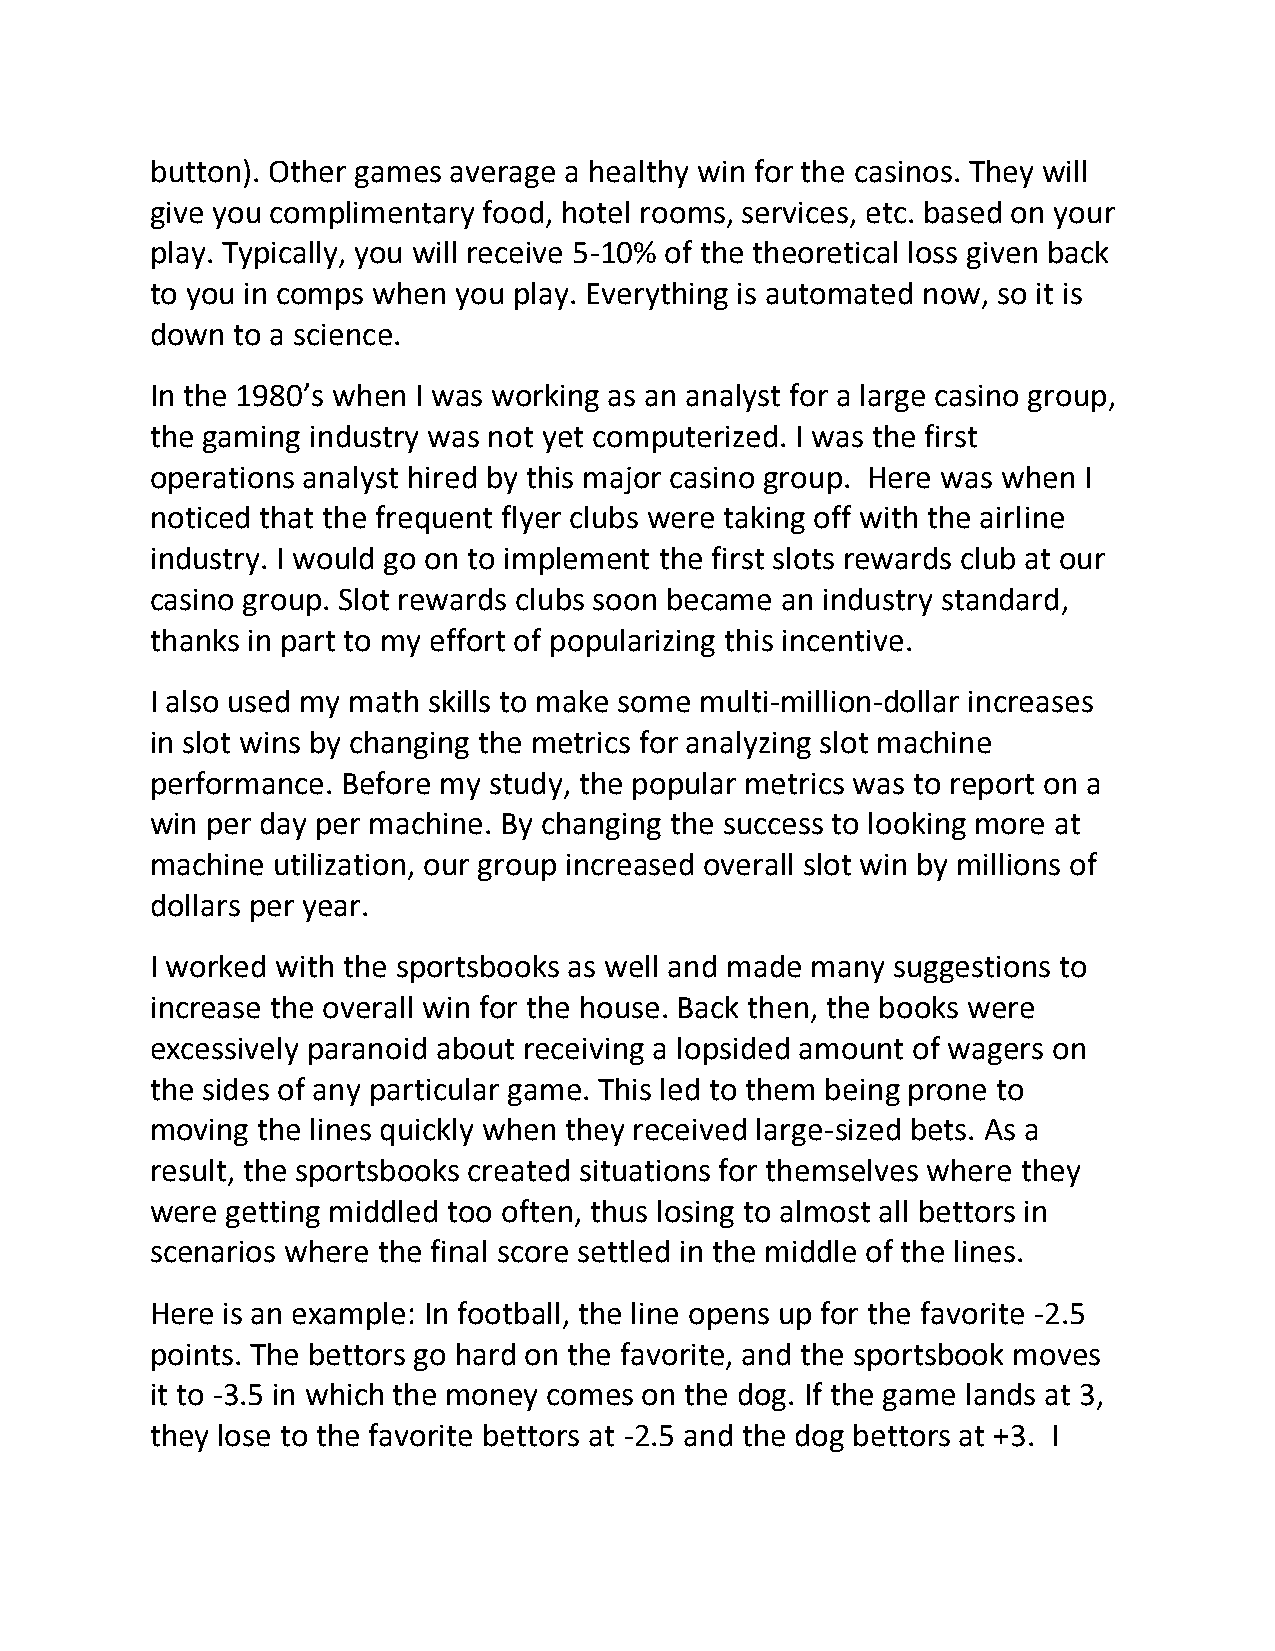
button). Other games average a healthy win for the casinos. They will
 give you complimentary food, hotel rooms, services, etc. based on your
 play. Typically, you will receive 5-10% of the theoretical loss given back
 to you in comps when you play. Everything is automated now, so it is
 down to a science.
 In the 1980’s when I was working as an analyst for a large casino group,
 the gaming industry was not yet computerized. I was the first
 operations analyst hired by this major casino group. Here was when I
 noticed that the frequent flyer clubs were taking off with the airline
 industry. I would go on to implement the first slots rewards club at our
 casino group. Slot rewards clubs soon became an industry standard,
 thanks in part to my effort of popularizing this incentive.
 I also used my math skills to make some multi-million-dollar increases
 in slot wins by changing the metrics for analyzing slot machine
 performance. Before my study, the popular metrics was to report on a
 win per day per machine. By changing the success to looking more at
 machine utilization, our group increased overall slot win by millions of
 dollars per year.
 I worked with the sportsbooks as well and made many suggestions to
 increase the overall win for the house. Back then, the books were
 excessively paranoid about receiving a lopsided amount of wagers on
 the sides of any particular game. This led to them being prone to
 moving the lines quickly when they received large-sized bets. As a
 result, the sportsbooks created situations for themselves where they
 were getting middled too often, thus losing to almost all bettors in
 scenarios where the final score settled in the middle of the lines.
 Here is an example: In football, the line opens up for the favorite -2.5
 points. The bettors go hard on the favorite, and the sportsbook moves
 it to -3.5 in which the money comes on the dog. If the game lands at 3,
 they lose to the favorite bettors at -2.5 and the dog bettors at +3. I